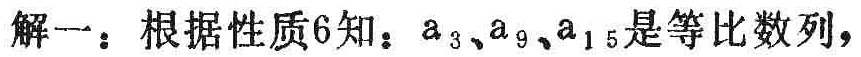
解一：根据性质6知：\(a_{3}、a_{9}、a_{15}\)是等比数列，